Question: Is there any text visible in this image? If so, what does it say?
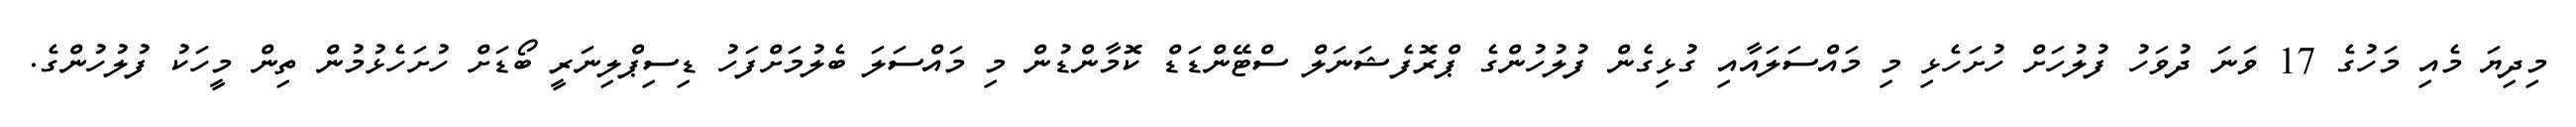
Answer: މިދިޔަ މެއި މަހުގެ 17 ވަނަ ދުވަހު ފުލުހަށް ހުށަހެޅި މި މައްސަލައާއި ގުޅިގެން ފުލުހުންގެ ޕްރޮފެޝަނަލް ސްޓޭންޑަޑް ކޮމާންޑުން މި މައްސަލަ ބެލުމަށްފަހު ޑިސިޕްލިނަރީ ބޯޑަށް ހުށަހެޅުމުން ތިން މީހަކު ފުލުހުންގެ.